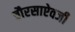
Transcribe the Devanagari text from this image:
चौरसाऐवजी